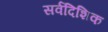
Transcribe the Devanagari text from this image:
सर्वदिशिक